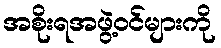
အစိုးရအဖွဲ့ဝင်များကို